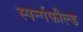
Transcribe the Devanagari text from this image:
स्पर्न्गफील्ड